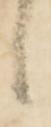
候